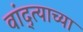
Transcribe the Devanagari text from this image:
वांद्त्‍याच्या